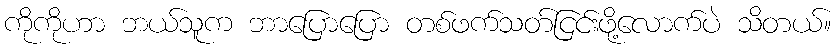
ကိုကိုဟာ ဘယ်သူက ဘာပြောပြော တစ်ဖက်သတ်ငြင်းဖို့လောက်ပဲ သိတယ်။